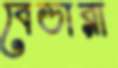
বেডারা